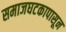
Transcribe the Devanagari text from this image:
समाजघटकापासून